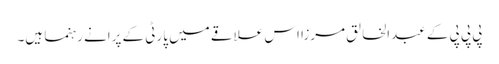
پی پی پی کے عبدالخالق مرزا اس علاقے میں پارٹی کے پرانے رہنما ہیں۔